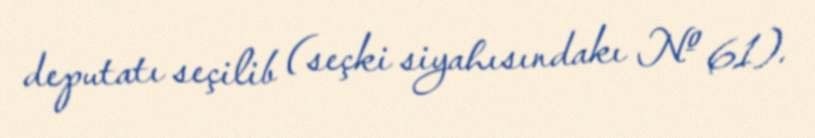
deputatı seçilib (seçki siyahısındakı № 61).